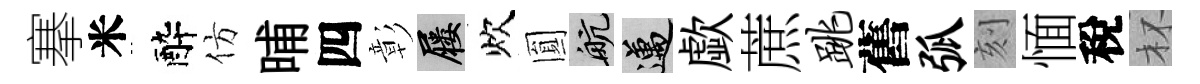
搴米醉仿晡四彰屨炊圎航邁歔蔗跳舊弧刻愐稅杯